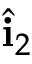
\hat { \bf i } _ { 2 }